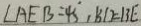
\angle A E B = 4 5 , B D = B E